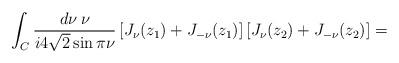
LaTeX: \begin{align*}\int_C \frac{d\nu \: \nu}{i 4\sqrt{2} \sin \pi\nu} \left[ J_\nu(z_1) + J_{-\nu}(z_1) \right] \left[ J_\nu(z_2) + J_{-\nu}(z_2) \right] = \; \; \; \; \; \; \;\;\;\;\;\;\;\;\;\;\;\;\;\;\;\;\;\;\;\;\;\;\;\;\;\end{align*}